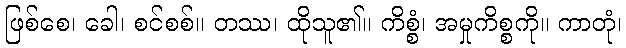
ဖြစ်စေ၊ ခေါ၊ စင်စစ်။ တဿ၊ ထိုသူ၏။ ကိစ္စံ၊ အမှုကိစ္စကို။ ကာတုံ၊